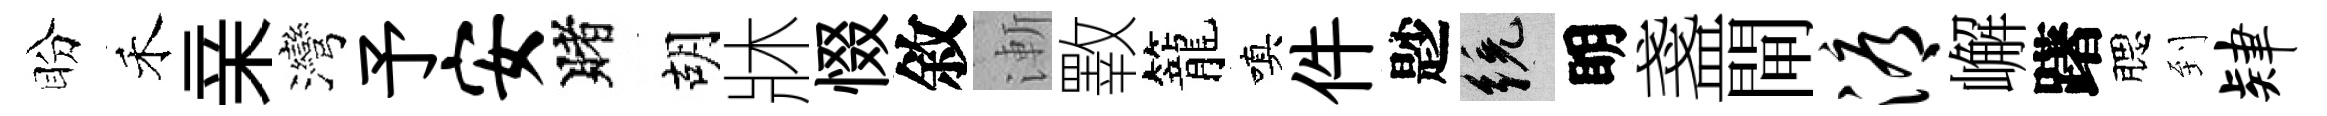
盼禾亲灣予安賭胡牀惙敘漸斁籠嗔件尟統眀盞閘溽嶰躇腮到肄